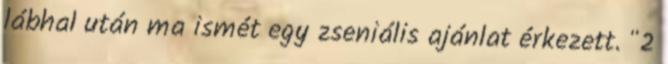
lábhal után ma ismét egy zseniális ajánlat érkezett. "2